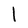
Character: l